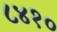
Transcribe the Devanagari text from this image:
८४१०